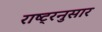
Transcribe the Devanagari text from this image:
राष्ट्रनुसार